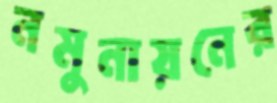
নমুনায়নের